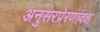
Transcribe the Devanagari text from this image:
अनुसरप्रेरणावश